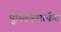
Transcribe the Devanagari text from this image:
पुस्तिकेमार्फत